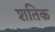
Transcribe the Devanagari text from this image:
शतिक